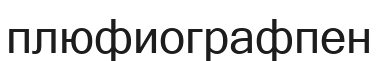
плюфиографпен